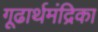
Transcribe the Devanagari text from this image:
गूढार्थमंद्रिका